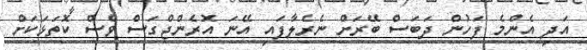
އަދި އެންމެ ފަހުން ދަބަސް ބޭރަށް ނެރެލާފައި އޭނަ އޮރެންޖްގަސް ވެސް ކޮތަޅަކަށް